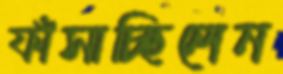
ফাঁসাচ্ছিলেন